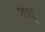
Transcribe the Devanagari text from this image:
वध्